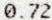
0.72